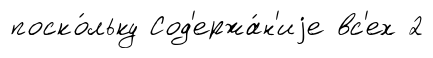
поско́льку Сод'ержа́н'иjе вс'ех 2